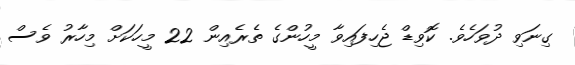
ގިނަވި ދުވަހެވެ. ކޮވިޑް ޖެހިފައިވާ މީހުންގެ ތެރެއިން 22 މީހަކަށް މިހާރު ވެސް